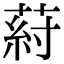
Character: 葤